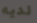
لديه